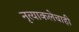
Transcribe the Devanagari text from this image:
नृत्याकलेचाही